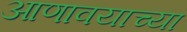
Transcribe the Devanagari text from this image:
आणावयाच्या